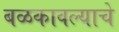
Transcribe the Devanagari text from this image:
बळकावल्याचे